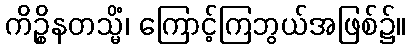
ကိဉ္စိနတသ္မိံ၊ ကြောင့်ကြဘွယ်အဖြစ်၌။